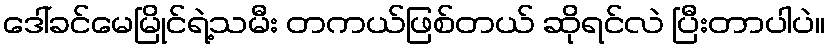
ဒေါ်ခင်မေမြိုင်ရဲ့သမီး တကယ်ဖြစ်တယ် ဆိုရင်လဲ ပြီးတာပါပဲ။